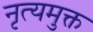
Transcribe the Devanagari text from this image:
नृत्यमुक्त